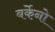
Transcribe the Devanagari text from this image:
बर्केनो